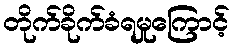
တိုက်ခိုက်ခံရမှုကြောင့်